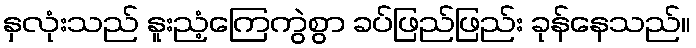
နှလုံးသည် နူးညံ့ကြေကွဲစွာ ခပ်ဖြည်ဖြည်း ခုန်နေသည်။